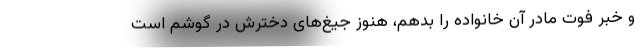
و خبر فوت مادر آن خانواده را بدهم، هنوز جیغ‌های دخترش در گوشم است